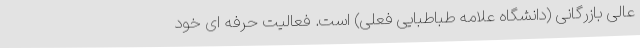
عالی بازرگانی (دانشگاه علامه طباطبایی فعلی) است. فعالیت حرفه ای خود